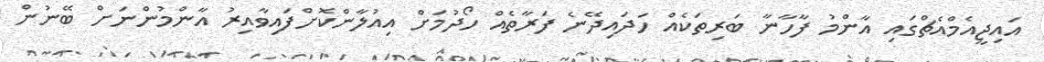
އައިޖީއެމްއެޗްގައި އާންމު ފާހާނާ ބަރިތަކެއް ހަދައިދޭނެ ފަރާތެއް ހޯދުމަށް އިއުލާންކޮށްފައިވާއިރު އާންމުންނަށް ބޭނުން